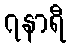
၇နာရီ